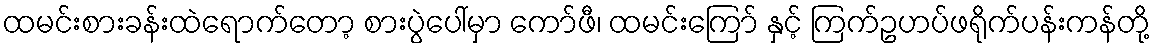
ထမင်းစားခန်းထဲရောက်တော့ စားပွဲပေါ်မှာ ကော်ဖီ၊ ထမင်းကြော် နှင့် ကြက်ဥဟပ်ဖရိုက်ပန်းကန်တို့